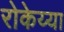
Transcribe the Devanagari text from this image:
रोकेय्या